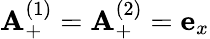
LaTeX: {\mathbf A}_{+}^{(1)}={\mathbf A}_{+}^{(2)}={\mathbf e}_{x}